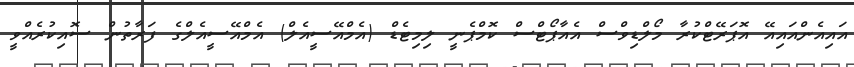
އައިއެންއައިއޭ އޮޕަރޭޓްކުރާ މޯލްޑިވްސް އެއާޕޯޓްސް ކޮމްޕެނީ ލިމިޓެޑް (އެމްއޭސީއެލް) އެމްއޭސީއެލްގެ ފަރާތުން ސޮއިކުރެއްވީ